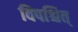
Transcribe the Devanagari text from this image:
विपश्चित्‌